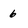
Character: 6